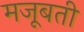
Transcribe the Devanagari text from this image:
मजूबती